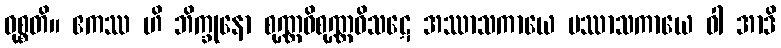
ဝုစ္စတိ။ ဧကဿ ဟိ ဘိက္ခုနော စုဏ္ဏဝိစုဏ္ဏဝိသဋေ အဿာသကာယေ ပဿာသကာယေ ဝါ အာဒိ